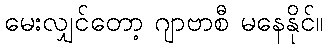
မေးလျှင်တော့ ဂျာဗာစီ မနေနိုင်။